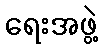
ရေးအဖွဲ့